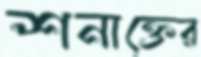
শনাক্তের